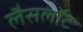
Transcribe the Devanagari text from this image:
लैसलॉट